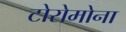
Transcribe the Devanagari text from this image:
टोरोमोना